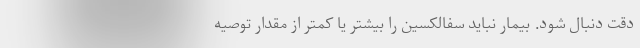
دقت دنبال شود. بیمار نباید سفالکسین را بیشتر یا کمتر از مقدار توصیه